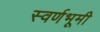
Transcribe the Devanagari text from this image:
स्वर्णभूमी